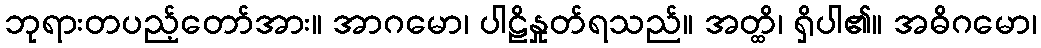
ဘုရားတပည့်တော်အား။ အာဂမော၊ ပါဠိနှုတ်ရသည်။ အတ္ထိ၊ ရှိပါ၏။ အဓိဂမော၊